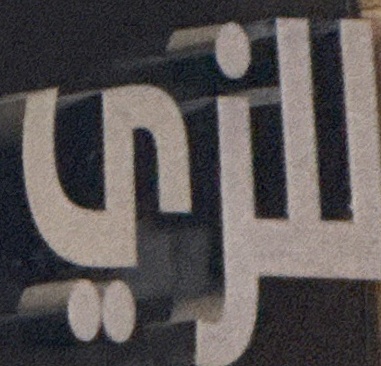
للزي